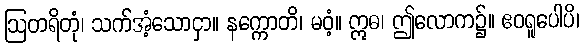
ဩတရိတုံ၊ သက်အံ့သောငှာ။ နက္ကောတိ၊ မဝံ့။ ဣဓ၊ ဤလောက၌။ ဧဝရူပေါပိ၊